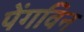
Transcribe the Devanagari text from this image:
पेंगविन